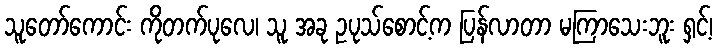
သူတော်ကောင်း ကိုတက်ပုလေ၊ သူ အခု ဥပုသ်စောင့်က ပြန်လာတာ မကြာသေးဘူး ရှင့်၊